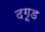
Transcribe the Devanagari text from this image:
दगूड